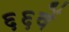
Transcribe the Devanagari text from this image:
६६वें